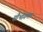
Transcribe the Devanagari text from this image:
सौभागमल